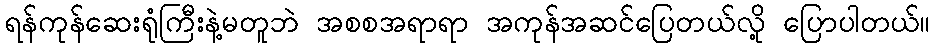
ရန်ကုန်ဆေးရုံကြီးနဲ့မတူဘဲ အစစအရာရာ အကုန်အဆင်ပြေတယ်လို့ ပြောပါတယ်။